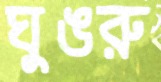
ঘুঙরু